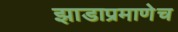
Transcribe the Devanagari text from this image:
झाडाप्रमाणेच